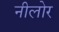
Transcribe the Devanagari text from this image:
नीलोर